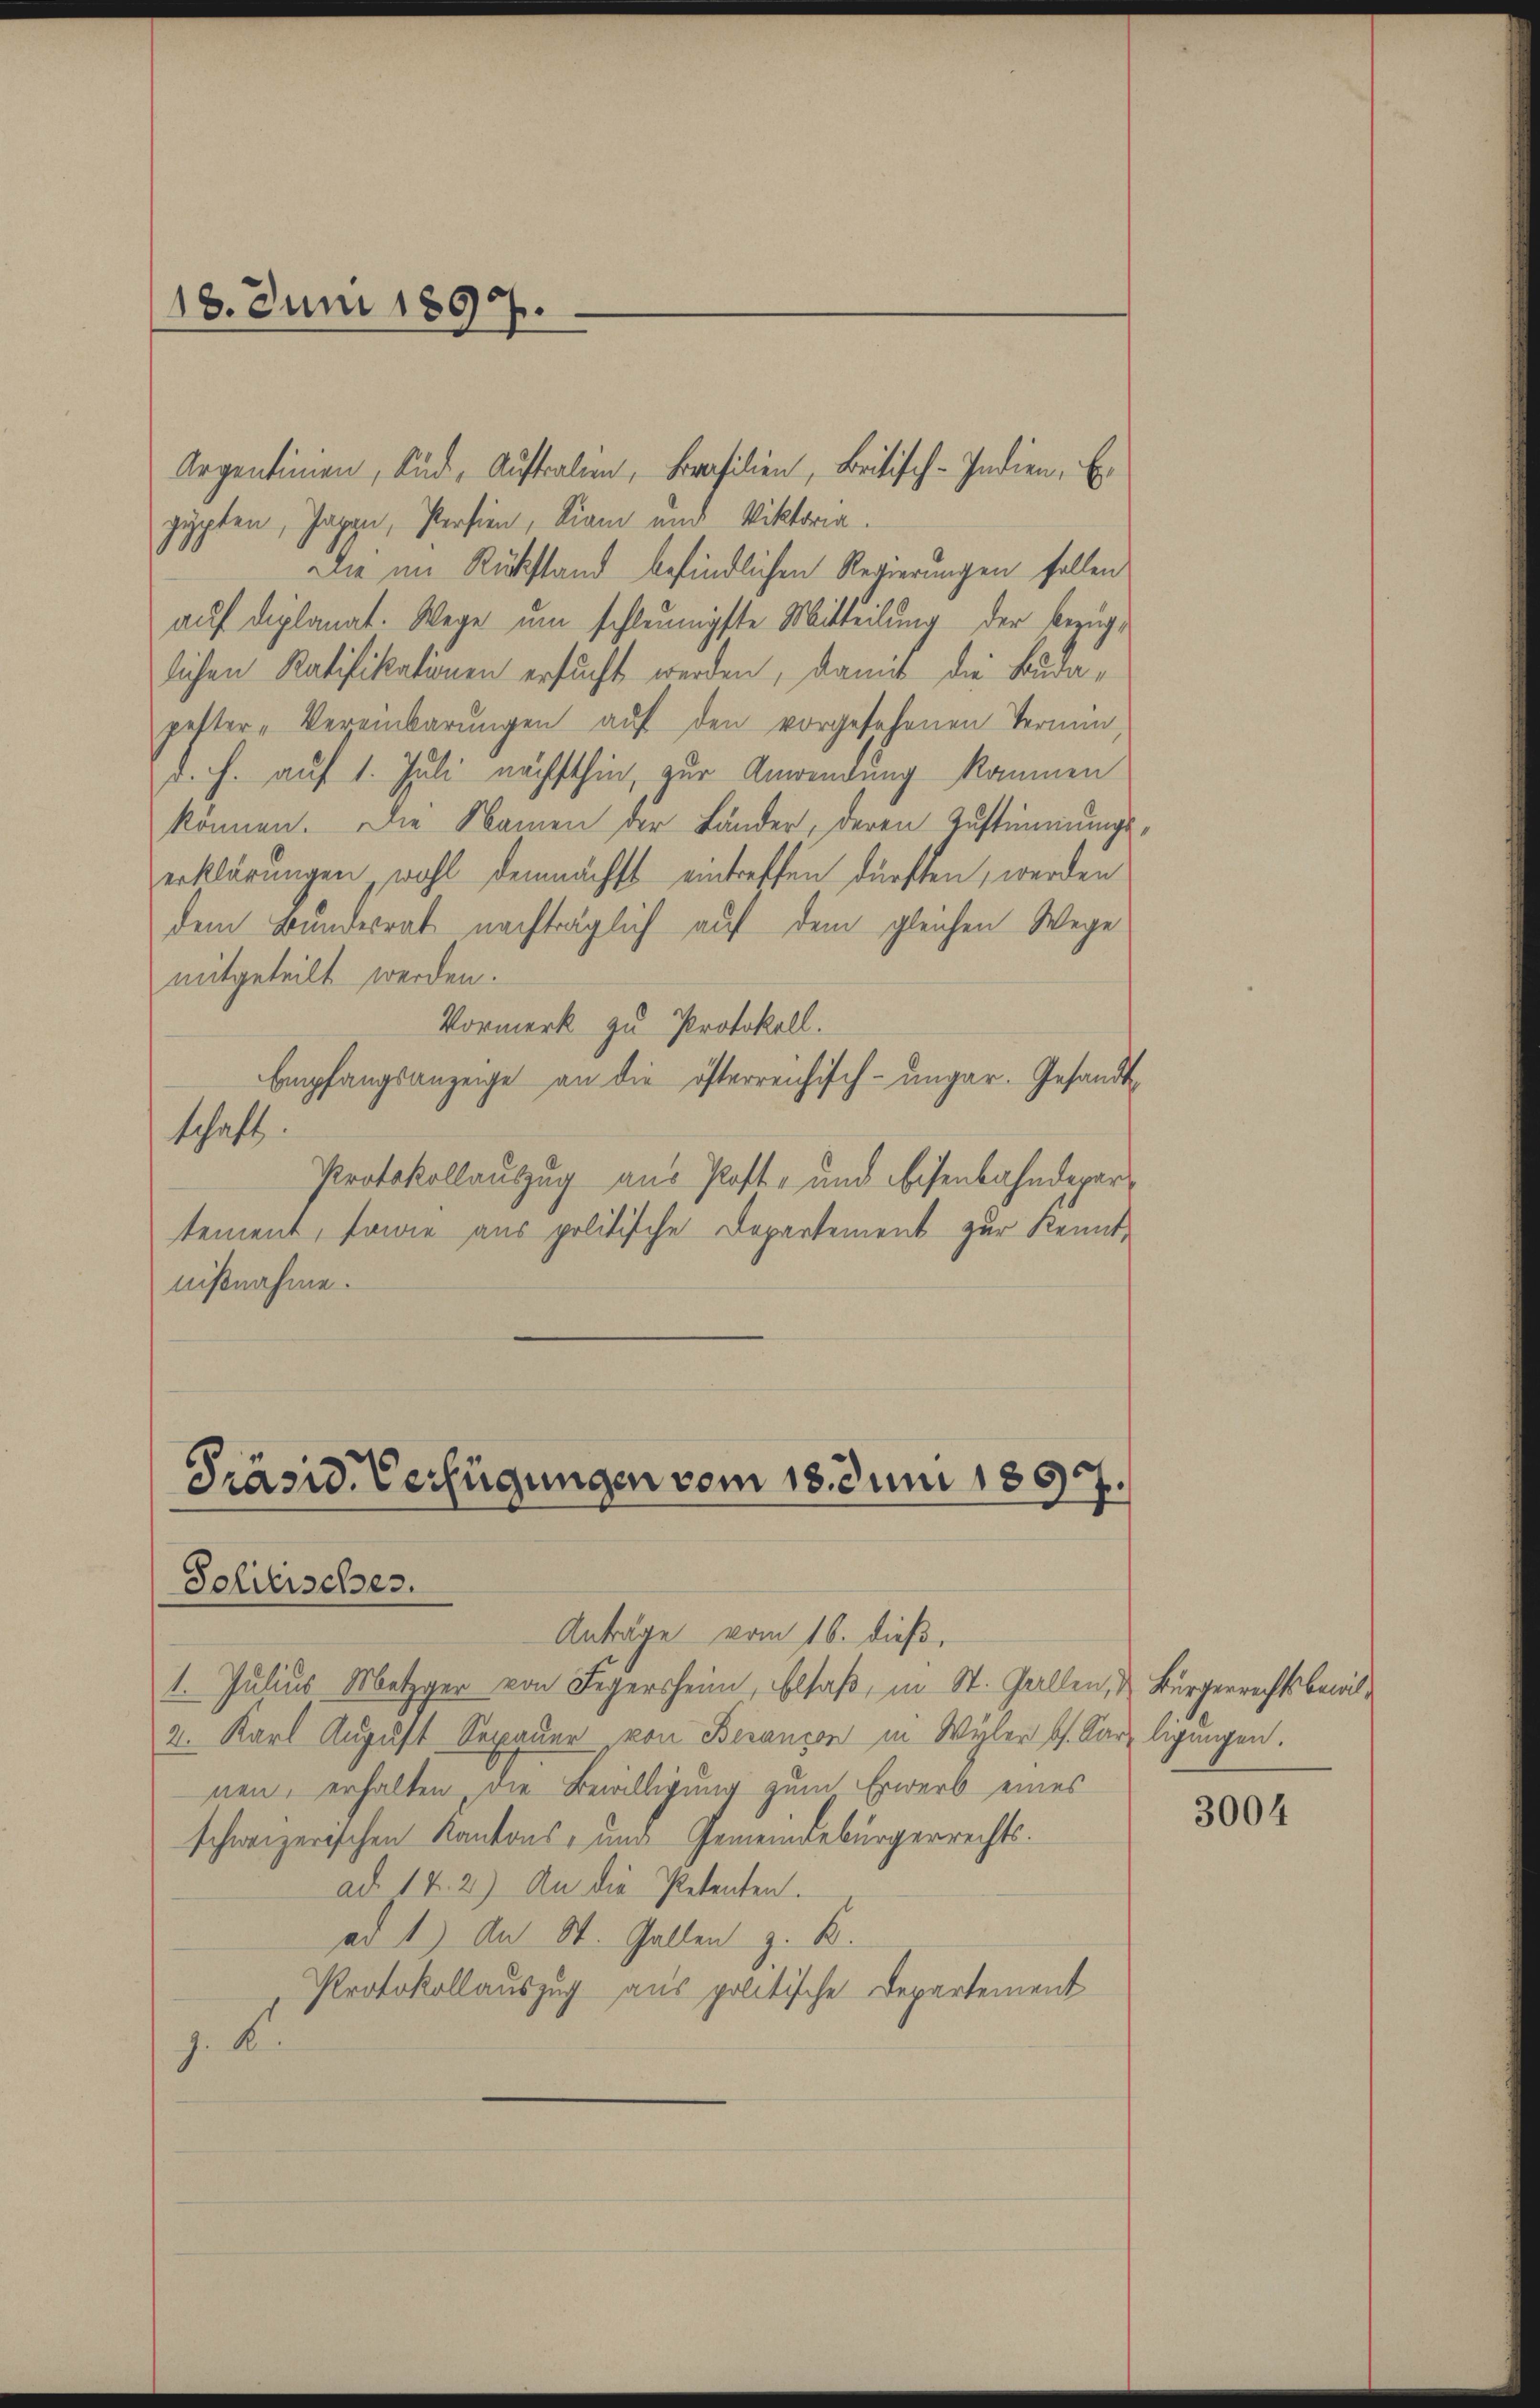
18. Juni 1897.

Argentinien, Rud. Auftralen, Brasilien, Britisch-Indien, E
gypten, Japan, Persion, Kiam und Viktoria.
Die im Rückstand befindlichen Regierungen fallen
auf diplanat. Wege um schleunigste Mitteilung der Bezuglichen Ratifikationen ersucht werden, damit die Budapester-Vereinbarŭngen auf den vorgesehenen Termin,
d. h. auf 1. Juli nächsthin, zur Anwendung kommen
können. Die Namen der Länder, deren Zustimmungserklärungen wohl demnächst eintreffen dürften, werden
dem Bundesrat nachträglich auf dem gleichen Wege
mitgeteilt werden.
Vormerk zu Protokoll.
Empfangsanzeige an die österreichisch-ungar. Gesandtschaft.
Protokollauszug aus Post- und Eisenbahndepartement, sowie aus politische Departement zur Kennt-
nißnahme.

Präsid. Verfügungen vom 18. Juni 1897.

Solitischer.
Anträge vom 16. dieß,
1. Julius Metzger von Jegersheim, Elsaß, in St. Gallen, u. Bürgerrechtsbewil¬
2. Karl August Sepauer von Besançon in Wyler bes. Karzligungen.
nen, erhalten die Bewilligung zum Erwerb eines
schweizerischen Kantons- und Gemeindebürgerrechts.
ad. 14. 2) An die Petenten.
ad 1) An St. Gallen z. B.
Protokollauszug aus politische Departement
J. B.

3004